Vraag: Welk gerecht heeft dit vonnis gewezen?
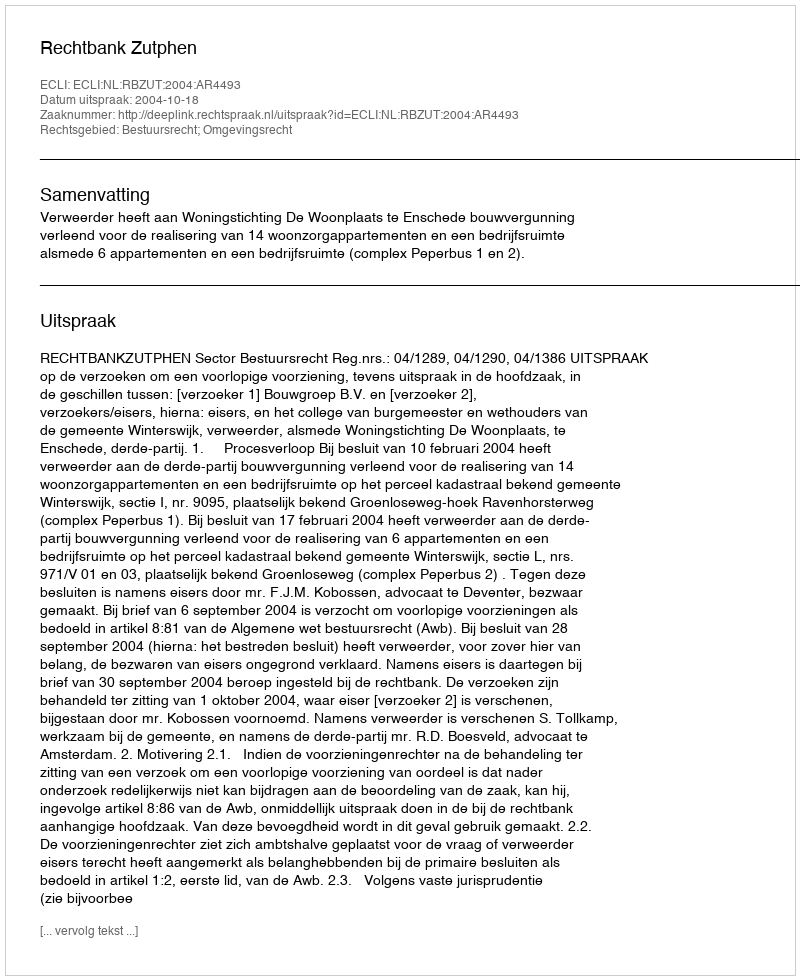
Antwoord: Rechtbank Zutphen